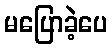
မပြောခဲ့ပေ